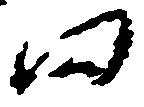
田